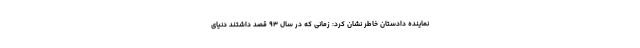
نماینده دادستان خاطر نشان کرد: زمانی که در سال ۹۳ قصد داشتند دنیای